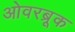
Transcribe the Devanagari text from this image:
ओवरब्रूक